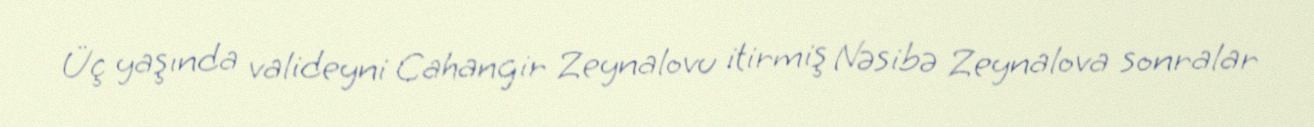
Üç yaşında valideyni Cahangir Zeynalovu itirmiş Nəsibə Zeynalova sonralar